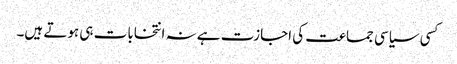
کسی سیاسی جماعت کی اجازت ہے نہ انتخابات ہی ہوتے ہیں۔